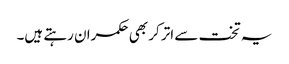
یہ تخت سے اتر کر بھی حکمران رہتے ہیں۔